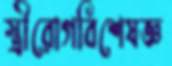
স্ত্রীরোগবিশেষজ্ঞ